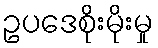
ဥပဒေစိုးမိုးမှု